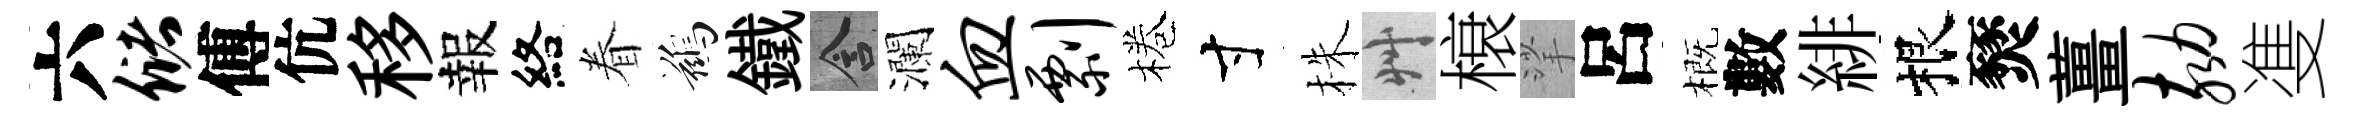
六储傅伉移報絡眷鷀鐵含瀾血剽棬寸株艸榱挲呂概數緋根燹薑劾㕠